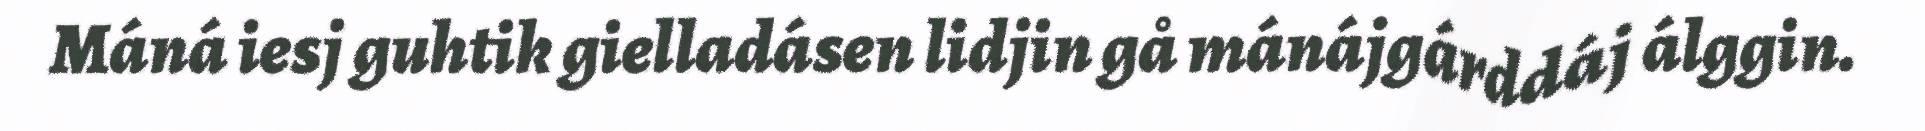
Máná iesj guhtik gielladásen lidjin gå mánájgárddáj álggin.